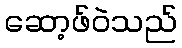
ဆော့ဖ်ဝဲသည်